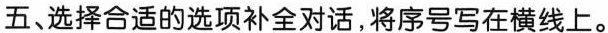
五、选择合适的选项补全对话,将序号写在横线上.